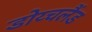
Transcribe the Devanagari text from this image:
डोय्चलैंड